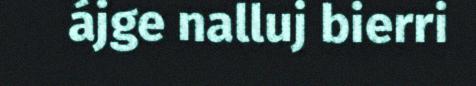
ájge nalluj bierri